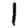
Digit: 1